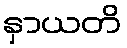
နှာယတိ